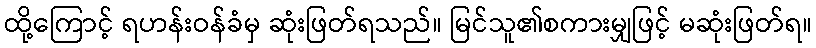
ထို့ကြောင့် ရဟန်းဝန်ခံမှ ဆုံးဖြတ်ရသည်။ မြင်သူ၏စကားမျှဖြင့် မဆုံးဖြတ်ရ။